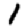
Digit: 1